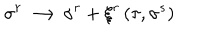
LaTeX: \sigma ^ { r } \longrightarrow \sigma ^ { r } + \xi ^ { r } \left( \tau , \sigma ^ { s } \right)